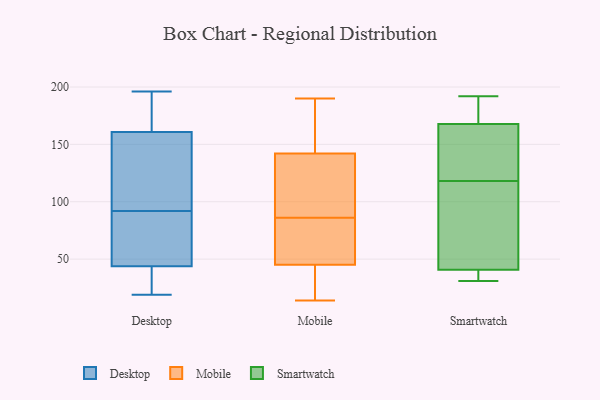
{"axis": {"x": "Humidity (%)", "y": "Value"}, "legend": ["Desktop", "Mobile", "Smartwatch"], "data": [{"x": "", "y": 72, "type": "Desktop"}, {"x": "", "y": 55, "type": "Desktop"}, {"x": "", "y": 19, "type": "Desktop"}, {"x": "", "y": 135, "type": "Desktop"}, {"x": "", "y": 190, "type": "Desktop"}, {"x": "", "y": 68, "type": "Desktop"}, {"x": "", "y": 38, "type": "Desktop"}, {"x": "", "y": 173, "type": "Desktop"}, {"x": "", "y": 114, "type": "Desktop"}, {"x": "", "y": 196, "type": "Desktop"}, {"x": "", "y": 92, "type": "Desktop"}, {"x": "", "y": 168, "type": "Desktop"}, {"x": "", "y": 29, "type": "Desktop"}, {"x": "", "y": 40, "type": "Desktop"}, {"x": "", "y": 139, "type": "Desktop"}, {"x": "", "y": 81, "type": "Mobile"}, {"x": "", "y": 190, "type": "Mobile"}, {"x": "", "y": 183, "type": "Mobile"}, {"x": "", "y": 127, "type": "Mobile"}, {"x": "", "y": 19, "type": "Mobile"}, {"x": "", "y": 185, "type": "Mobile"}, {"x": "", "y": 14, "type": "Mobile"}, {"x": "", "y": 69, "type": "Mobile"}, {"x": "", "y": 115, "type": "Mobile"}, {"x": "", "y": 154, "type": "Mobile"}, {"x": "", "y": 188, "type": "Mobile"}, {"x": "", "y": 130, "type": "Mobile"}, {"x": "", "y": 49, "type": "Mobile"}, {"x": "", "y": 79, "type": "Mobile"}, {"x": "", "y": 45, "type": "Mobile"}, {"x": "", "y": 45, "type": "Mobile"}, {"x": "", "y": 45, "type": "Mobile"}, {"x": "", "y": 119, "type": "Mobile"}, {"x": "", "y": 91, "type": "Mobile"}, {"x": "", "y": 20, "type": "Mobile"}, {"x": "", "y": 96, "type": "Smartwatch"}, {"x": "", "y": 34, "type": "Smartwatch"}, {"x": "", "y": 118, "type": "Smartwatch"}, {"x": "", "y": 158, "type": "Smartwatch"}, {"x": "", "y": 171, "type": "Smartwatch"}, {"x": "", "y": 148, "type": "Smartwatch"}, {"x": "", "y": 31, "type": "Smartwatch"}, {"x": "", "y": 52, "type": "Smartwatch"}, {"x": "", "y": 182, "type": "Smartwatch"}, {"x": "", "y": 37, "type": "Smartwatch"}, {"x": "", "y": 192, "type": "Smartwatch"}]}